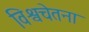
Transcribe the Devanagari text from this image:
विश्वचेतना